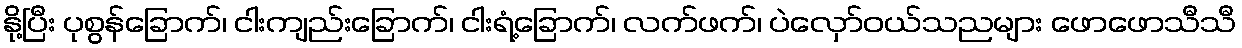
နို့ပြီး ပုစွန်ခြောက်၊ ငါးကျည်းခြောက်၊ ငါးရံ့ခြောက်၊ လက်ဖက်၊ ပဲလှော်ဝယ်သညများ ဖောဖောသီသီ